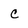
Character: c